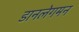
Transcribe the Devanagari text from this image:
डानलेगमन